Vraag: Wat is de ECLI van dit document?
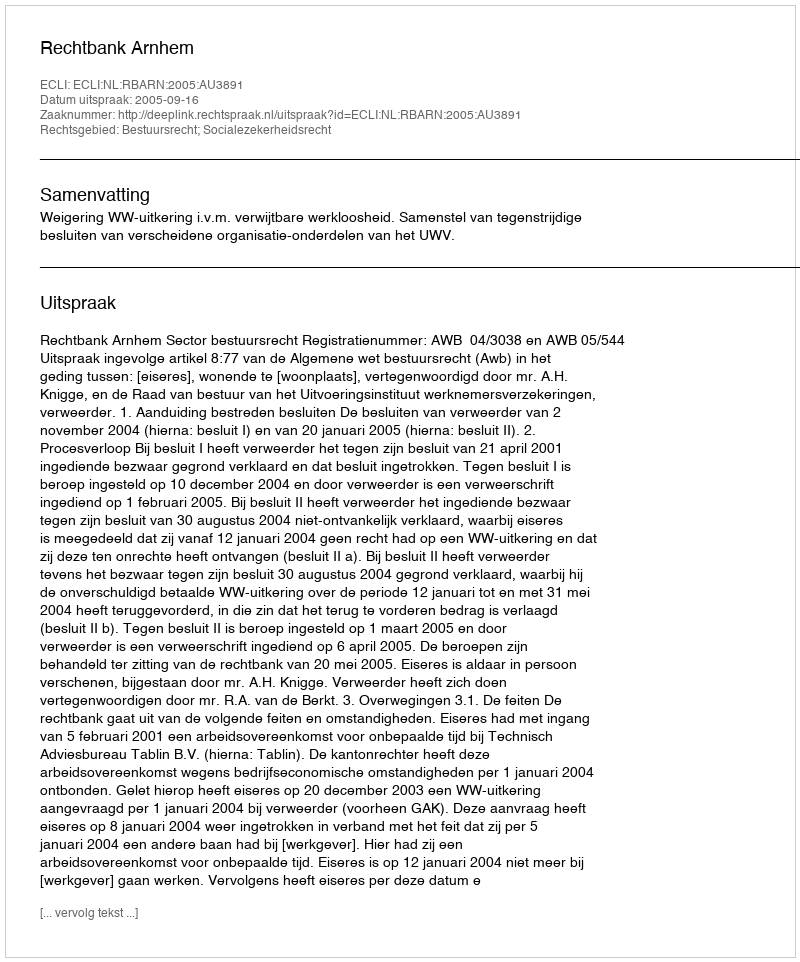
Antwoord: ECLI:NL:RBARN:2005:AU3891